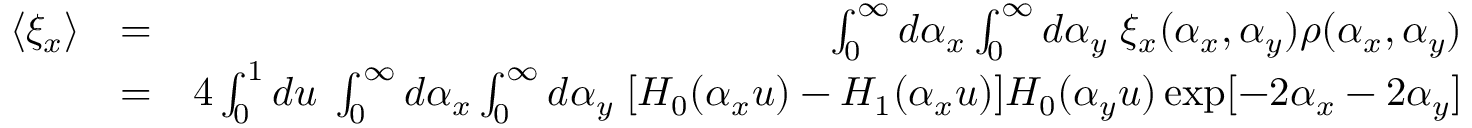
\begin{array} { r l r } { \langle \xi _ { x } \rangle } & { = } & { \int _ { 0 } ^ { \infty } d \alpha _ { x } \int _ { 0 } ^ { \infty } d \alpha _ { y } \; \xi _ { x } ( \alpha _ { x } , \alpha _ { y } ) \rho ( \alpha _ { x } , \alpha _ { y } ) } \\ & { = } & { 4 \int _ { 0 } ^ { 1 } d u \; \int _ { 0 } ^ { \infty } d \alpha _ { x } \int _ { 0 } ^ { \infty } d \alpha _ { y } \; [ H _ { 0 } ( \alpha _ { x } u ) - H _ { 1 } ( \alpha _ { x } u ) ] H _ { 0 } ( \alpha _ { y } u ) \exp [ - 2 \alpha _ { x } - 2 \alpha _ { y } ] } \end{array}